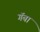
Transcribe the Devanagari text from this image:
गॅबा